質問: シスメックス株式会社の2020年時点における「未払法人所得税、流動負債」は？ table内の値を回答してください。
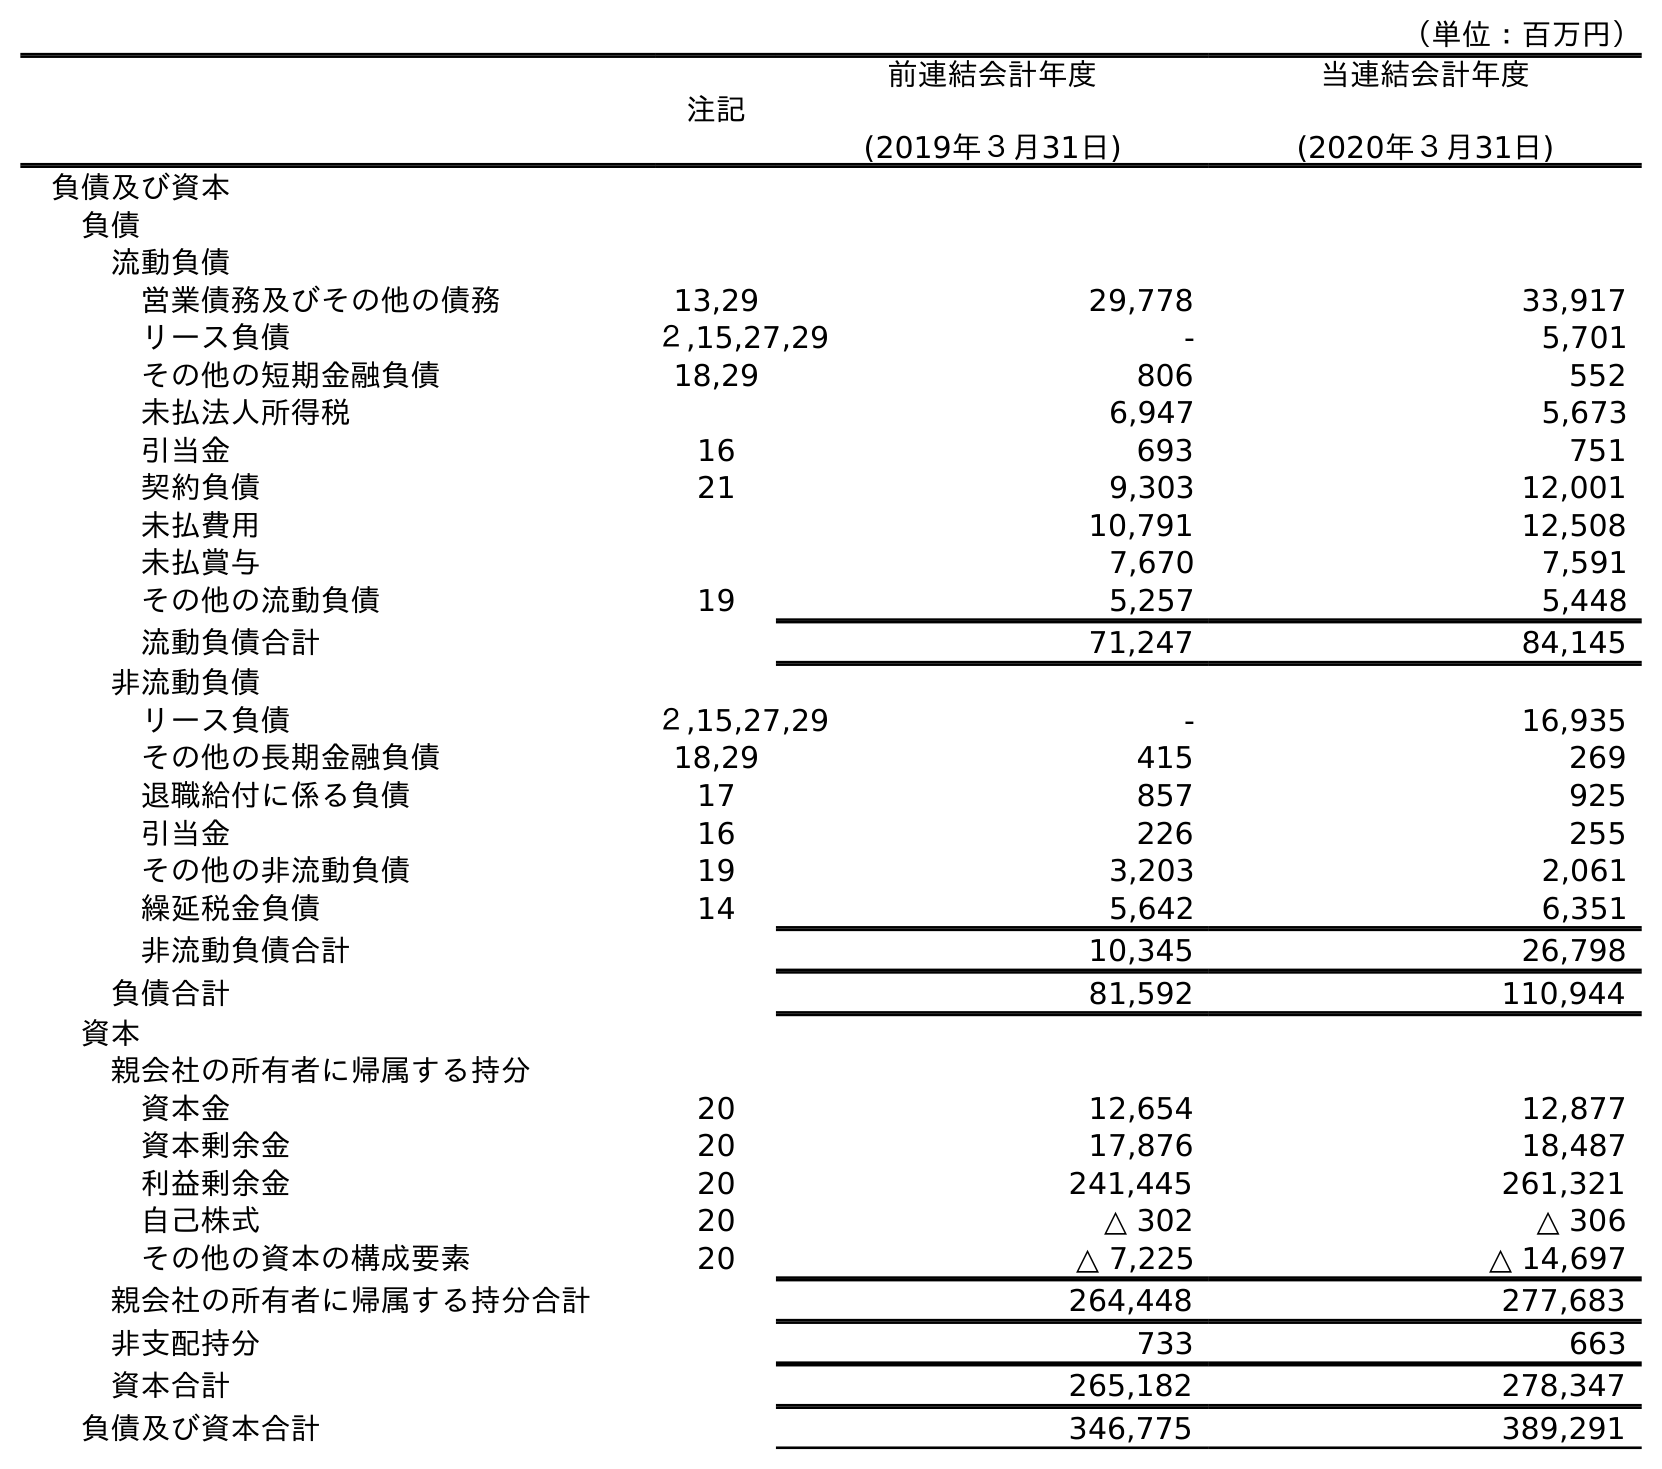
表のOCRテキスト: （単位：百万円） 注記 前連結会計年度 (2019年３月31日) 当連結会計年度 (2020年３月31日) 負債及び資本 負債 流動負債 営業債務及びその他の債務 13,29 29,778 33,917 リース負債 ２,15,27,29 - 5,701 その他の短期金融負債 18,29 806 552 未払法人所得税 6,947 5,673 引当金 16 693 751 契約負債 21 9,303 12,001 未払費用 10,791 12,508 未払賞与 7,670 7,591 その他の流動負債 19 5,257 5,448 流動負債合計 71,247 84,145 非流動負債 リース負債 ２,15,27,29 - 16,935 その他の長期金融負債 18,29 415 269 退職給付に係る負債 17 857 925 引当金 16 226 255 その他の非流動負債 19 3,203 2,061 繰延税金負債 14 5,642 6,351 非流動負債合計 10,345 26,798 負債合計 81,592 110,944 資本 親会社の所有者に帰属する持分 資本金 20 12,654 12,877 資本剰余金 20 17,876 18,487 利益剰余金 20 241,445 261,321 自己株式 20 △ 302 △ 306 その他の資本の構成要素 20 △ 7,225 △ 14,697 親会社の所有者に帰属する持分合計 264,448 277,683 非支配持分 733 663 資本合計 265,182 278,347 負債及び資本合計 346,775 389,291
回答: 5,673